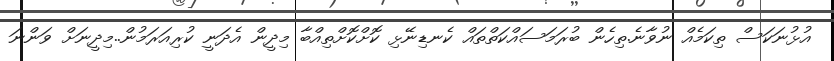
އުޅުނަކަސް ތިކަމެއް ނުވާނެ.ތިހެން ބުރަމަސައްކަތްތައް ކެނޑިނޭޅި ކޮށްކޮށްތިއްބާ މިދީން އެދަނީ ކުރިއަރަމުން..މިދީނަށް ވަންނަ